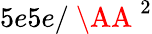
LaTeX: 5e5e/\mathrm{~\AA~}^{2}